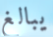
يبالغ